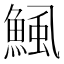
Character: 鯴